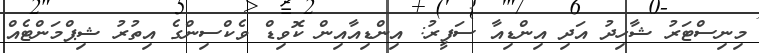
މިނިސްޓަރު ޝާހިދު އަދި އިންޑިއާ ސަފީރު: އިންޑިއާއިން ކޮވިޑް ވެކްސިންގެ އިތުރު ޝިޕްމަންޓެއް